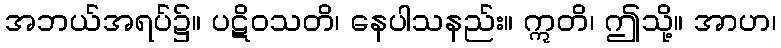
အဘယ်အရပ်၌။ ပဋိဝသတိ၊ နေပါသနည်း။ ဣတိ၊ ဤသို့။ အာဟ၊